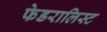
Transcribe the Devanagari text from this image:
फेडरालिस्ट